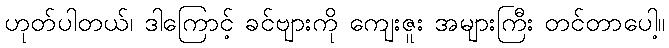
ဟုတ်ပါတယ်၊ ဒါကြောင့် ခင်ဗျားကို ကျေးဇူး အများကြီး တင်တာပေါ့။